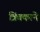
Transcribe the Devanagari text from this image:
त्रिंबकाने